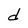
Character: d